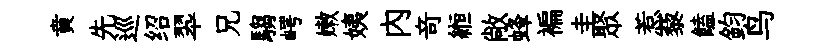
賁先巡绍翆兄騶崿嫩姨内竒縆敞蜂褊圭聚惹藜饁鈞鸟